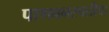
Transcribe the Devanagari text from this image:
पाणवनस्पतीचा